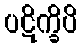
ပဋိက္ခိပိ